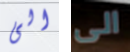
الى الى